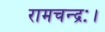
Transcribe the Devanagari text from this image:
रामचन्द्रः।